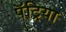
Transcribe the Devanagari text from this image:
पॅट्रिया